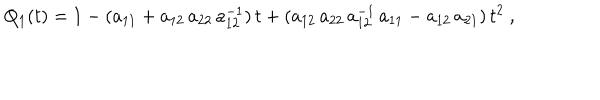
LaTeX: Q _ { 1 } ( t ) = 1 - ( a _ { 1 1 } + a _ { 1 2 } \, a _ { 2 2 } \, a _ { 1 2 } ^ { - 1 } ) \, t + ( a _ { 1 2 } \, a _ { 2 2 } \, a _ { 1 2 } ^ { - 1 } \, a _ { 1 1 } - a _ { 1 2 } \, a _ { 2 1 } ) \, t ^ { 2 } \ ,